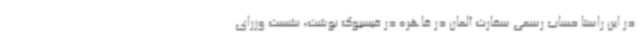
در این راستا حساب رسمی سفارت آلمان در قاهره در فیسبوک نوشت، نشست وزرای